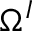
\Omega ^ { I }